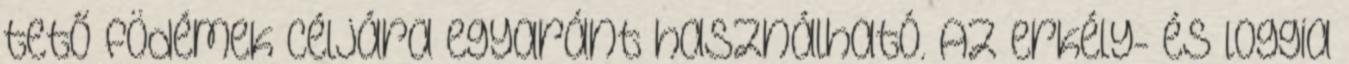
tető födémek céljára egyaránt használható. Az erkély- és loggia